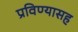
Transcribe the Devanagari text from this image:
प्रविण्यासह